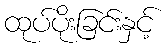
ထုပ်ပိုးခြင်းနှင့်